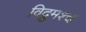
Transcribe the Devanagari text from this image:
विद्रुमश्च